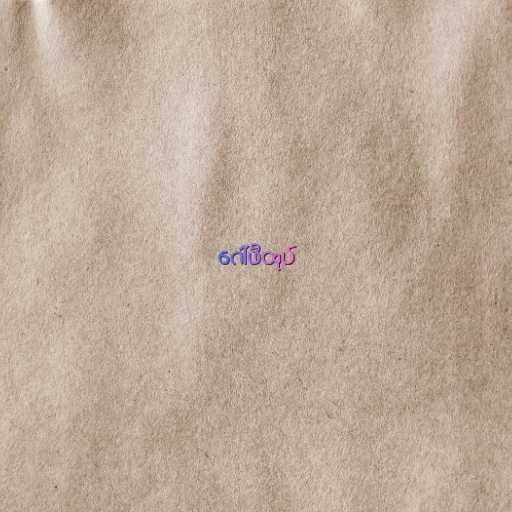
ဂေါ်ဖီထုပ်